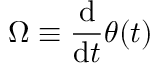
\Omega \equiv { \frac { \mathrm { d } } { \mathrm { d } t } } \theta ( t )